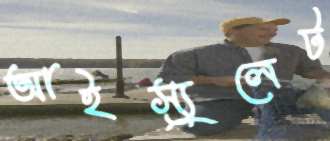
আইস্যুলেট